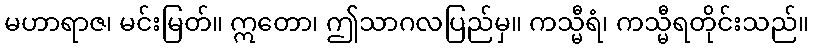
မဟာရာဇ၊ မင်းမြတ်။ ဣတော၊ ဤသာဂလပြည်မှ။ ကသ္မီရံ၊ ကသ္မီရတိုင်းသည်။